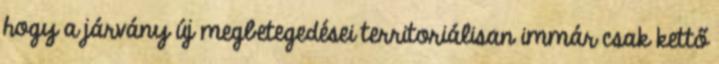
hogy a járvány új megbetegedései territoriálisan immár csak kettő